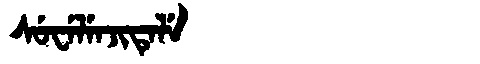
Manchu: ᠰᡠᠸᡝᠯᡝᠨᠵᡳᡨᡝᠯᡝ
Romanization: SUWELENJITELE